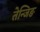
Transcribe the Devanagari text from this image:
तेन्जिङ